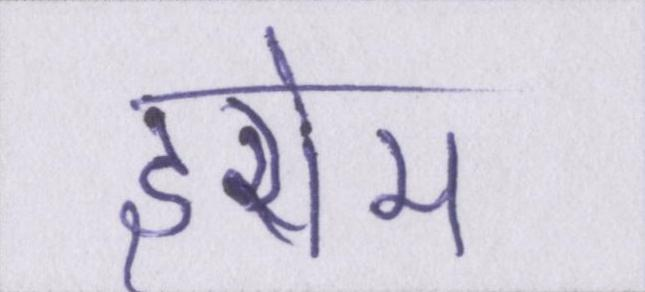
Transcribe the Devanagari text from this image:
इरोम